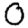
Digit: 0